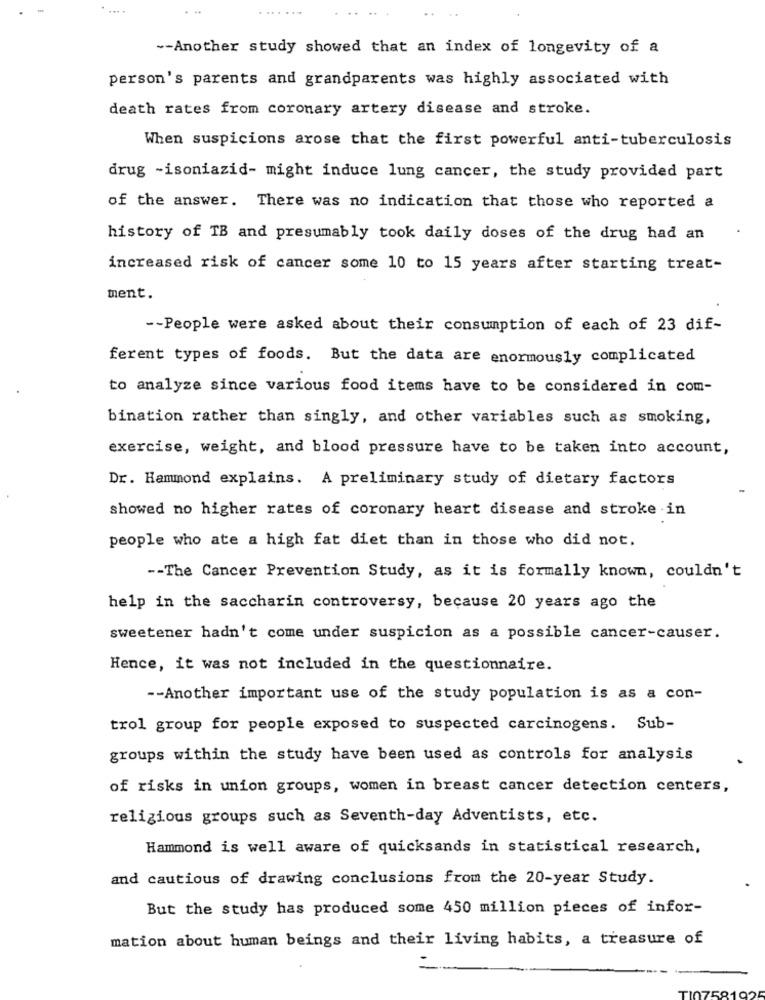
-- Another study showed that an index of longevity of a
person's parents and grandparents was highly associated with
death rates from coronary artery disease and stroke.
When suspicions arose that the first powerful anti-tuberculosis
drug -isoniazid- might induce lung cancer, the study provided part
of the answer. There was no indication that those who reported a
history of TB and presumably took daily doses of the drug had an
increased risk of cancer some 10 to 15 years after starting treat-
ment.
-- People were asked about their consumption of each of 23 dif-
ferent types of foods. But the data are enormously complicated
to analyze since various food items have to be considered in com-
bination rather than singly, and other variables such as smoking,
exercise, weight, and blood pressure have to be taken into account,
Dr. Hammond explains. A preliminary study of dietary factors
showed no higher rates of coronary heart disease and stroke in
people who ate a high fat diet than in those who did not.
-- The Cancer Prevention Study, as it is formally known, couldn't
help in the saccharin controversy, because 20 years ago the
sweetener hadn't come under suspicion as a possible cancer-causer.
Hence, it was not included in the questionnaire.
-- Another important use of the study population is as a con-
trol group for people exposed to suspected carcinogens. Sub-
groups within the study have been used as controls for analysis
of risks in union groups, women in breast cancer detection centers,
religious groups such as Seventh-day Adventists, etc.
Hammond is well aware of quicksands in statistical research,
and cautious of drawing conclusions from the 20-year Study.
But the study has produced some 450 million pieces of infor-
mation about human beings and their living habits, a treasure of